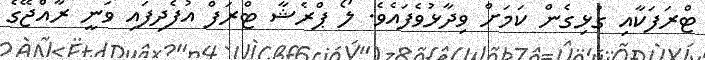
ޓްރަފަކާއި ގުޅިގެން ކަމަށް ވިދާޅުވެފައެވެ. ލޯ ޕްރެޝާ ޓްރަފް އުފެދިފައި ވަނީ ރާއްޖޭގެ